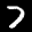
Label: 7